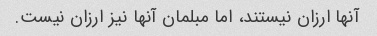
آنها ارزان نیستند، اما مبلمان آنها نیز ارزان نیست.